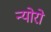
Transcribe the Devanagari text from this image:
न्योरो